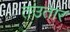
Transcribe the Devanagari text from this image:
तउतार